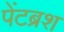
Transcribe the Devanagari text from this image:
पेंटब्रश